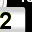
Digit: 2